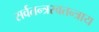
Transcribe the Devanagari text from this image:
सर्वतन्त्रस्वतन्त्राय